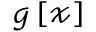
\boldsymbol { \mathscr { g } } \left[ \mathcal { x } \right]